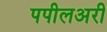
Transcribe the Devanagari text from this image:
पपीलअरी